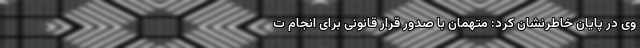
وی در پایان خاطرنشان کرد: متهمان با صدور قرار قانونی برای انجام ت